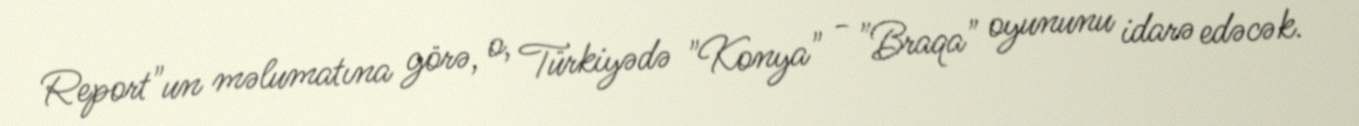
Report"un məlumatına görə, o, Türkiyədə "Konya" - "Braqa" oyununu idarə edəcək.